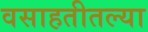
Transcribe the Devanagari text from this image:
वसाहतीतल्या